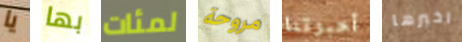
يا بها لمئات مروحة أخبرتنا اخبرها